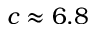
c \approx 6 . 8